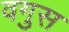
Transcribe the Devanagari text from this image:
वगुस